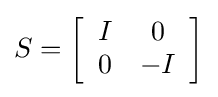
S=\left[{\begin{array}{cc}I&0\\0&-I\end{array}}\right]